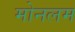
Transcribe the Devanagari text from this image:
मोनलम